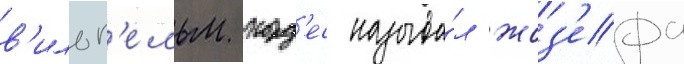
в'ильг'ельм корд'ес называ́л жоз'ефа